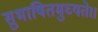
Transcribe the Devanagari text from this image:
सुभाषितमुच्यते।।